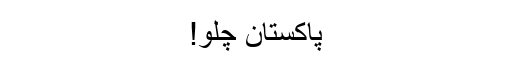
پاکستان چلو!